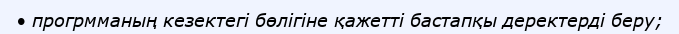
• прогрмманың кезектегі бөлігіне қажетті бастапқы деректерді беру;